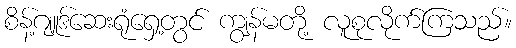
စိန့်ဂျူဒ်ဆေးရုံရှေ့တွင် ကျွန်မတို့ လူစုလိုက်ကြသည်။